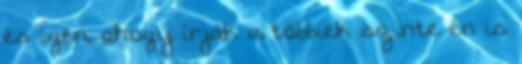
és igen, ahogy írják a többiek szinte én is